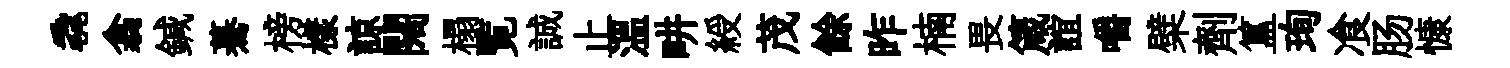
毳翕鍼驀榜樣諒闊榻覧誠止溫畊綬茂餘昨楠畏箴誼嚼檗劑簋珣飡肠慷